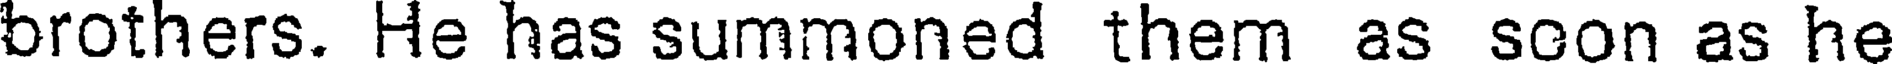
brothers. He has summoned them as soon as he